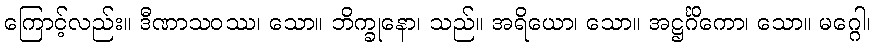
ကြောင့်လည်း။ ဒီဏာသဝဿ၊ သော။ ဘိက္ခုနော၊ သည်။ အရိယော၊ သော။ အဋ္ဌင်္ဂိကော၊ သော။ မဂ္ဂေါ၊